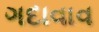
ગદાવાવ